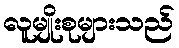
လူမျိုးစုများသည်